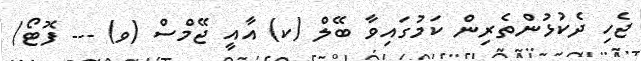
ޖެހި ދެކުޅުންތެރިން ކަމުގައިވާ ބޭލް (ކ) އާއީ ޖޭމްސް (ވ) --- ފޮޓޯ/